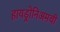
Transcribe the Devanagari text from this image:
हायड्रोनिअमची